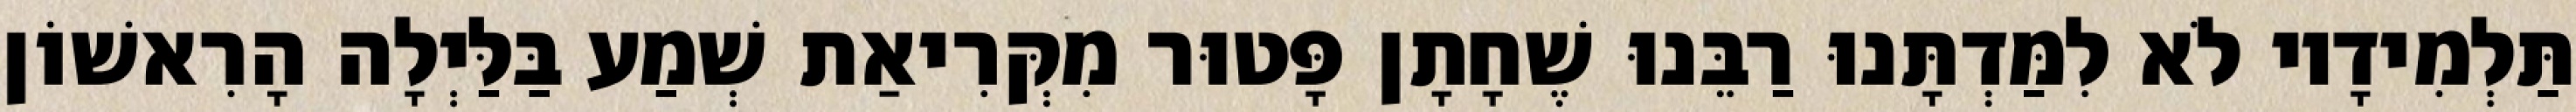
תַּלְמִידָיו לֹא לִמַּדְתָּנוּ רַבֵּנוּ שֶׁחָתָן פָּטוּר מִקְּרִיאַת שְׁמַע בַּלַּיְלָה הָרִאשׁוֹן